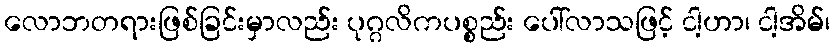
လောဘတရားဖြစ်ခြင်းမှာလည်း ပုဂ္ဂလိကပစ္စည်း ပေါ်လာသဖြင့် ငါ့ဟာ၊ ငါ့အိမ်၊